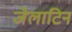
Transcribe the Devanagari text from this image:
जेलाटिन